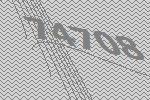
74708